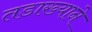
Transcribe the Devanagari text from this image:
तडाख्याने